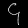
Digit: ၄